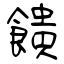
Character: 饋